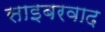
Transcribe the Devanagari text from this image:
साइबरवाद